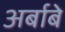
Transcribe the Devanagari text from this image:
अर्बाबे